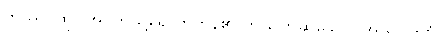
တဿ၊ ထို (အဂတိသို့ရောက်ကုန်၏ ဟု ပြောဆိုသော) အယူဝါဒကို။